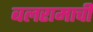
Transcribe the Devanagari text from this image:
बलरामाची